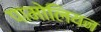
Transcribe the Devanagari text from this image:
पामोलियन